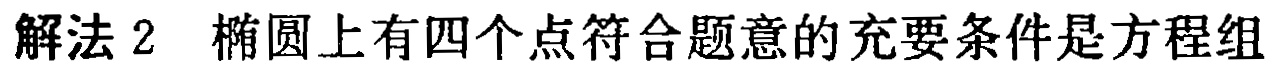
解法2 椭圆上有四个点符合题意的充要条件是方程组